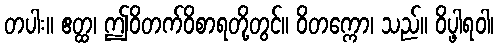
တပါး။ ဧတ္ထ၊ ဤဝိတက်ဝိစာရတို့တွင်။ ဝိတက္ကော၊ သည်။ ဝိပ္ဖါရဝါ၊